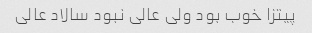
پیتزا خوب بود ولی عالی نبود سالاد عالی